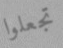
تجعلوا